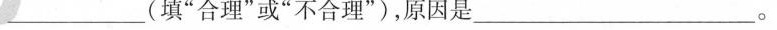
___(填”合理”或”不合理”)，原因是___。